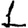
Digit: 1